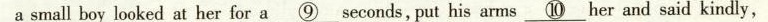
a small boy looked at her for a \underline{⑨} seconds, put his arms \underline{⑩} her and said kindly，